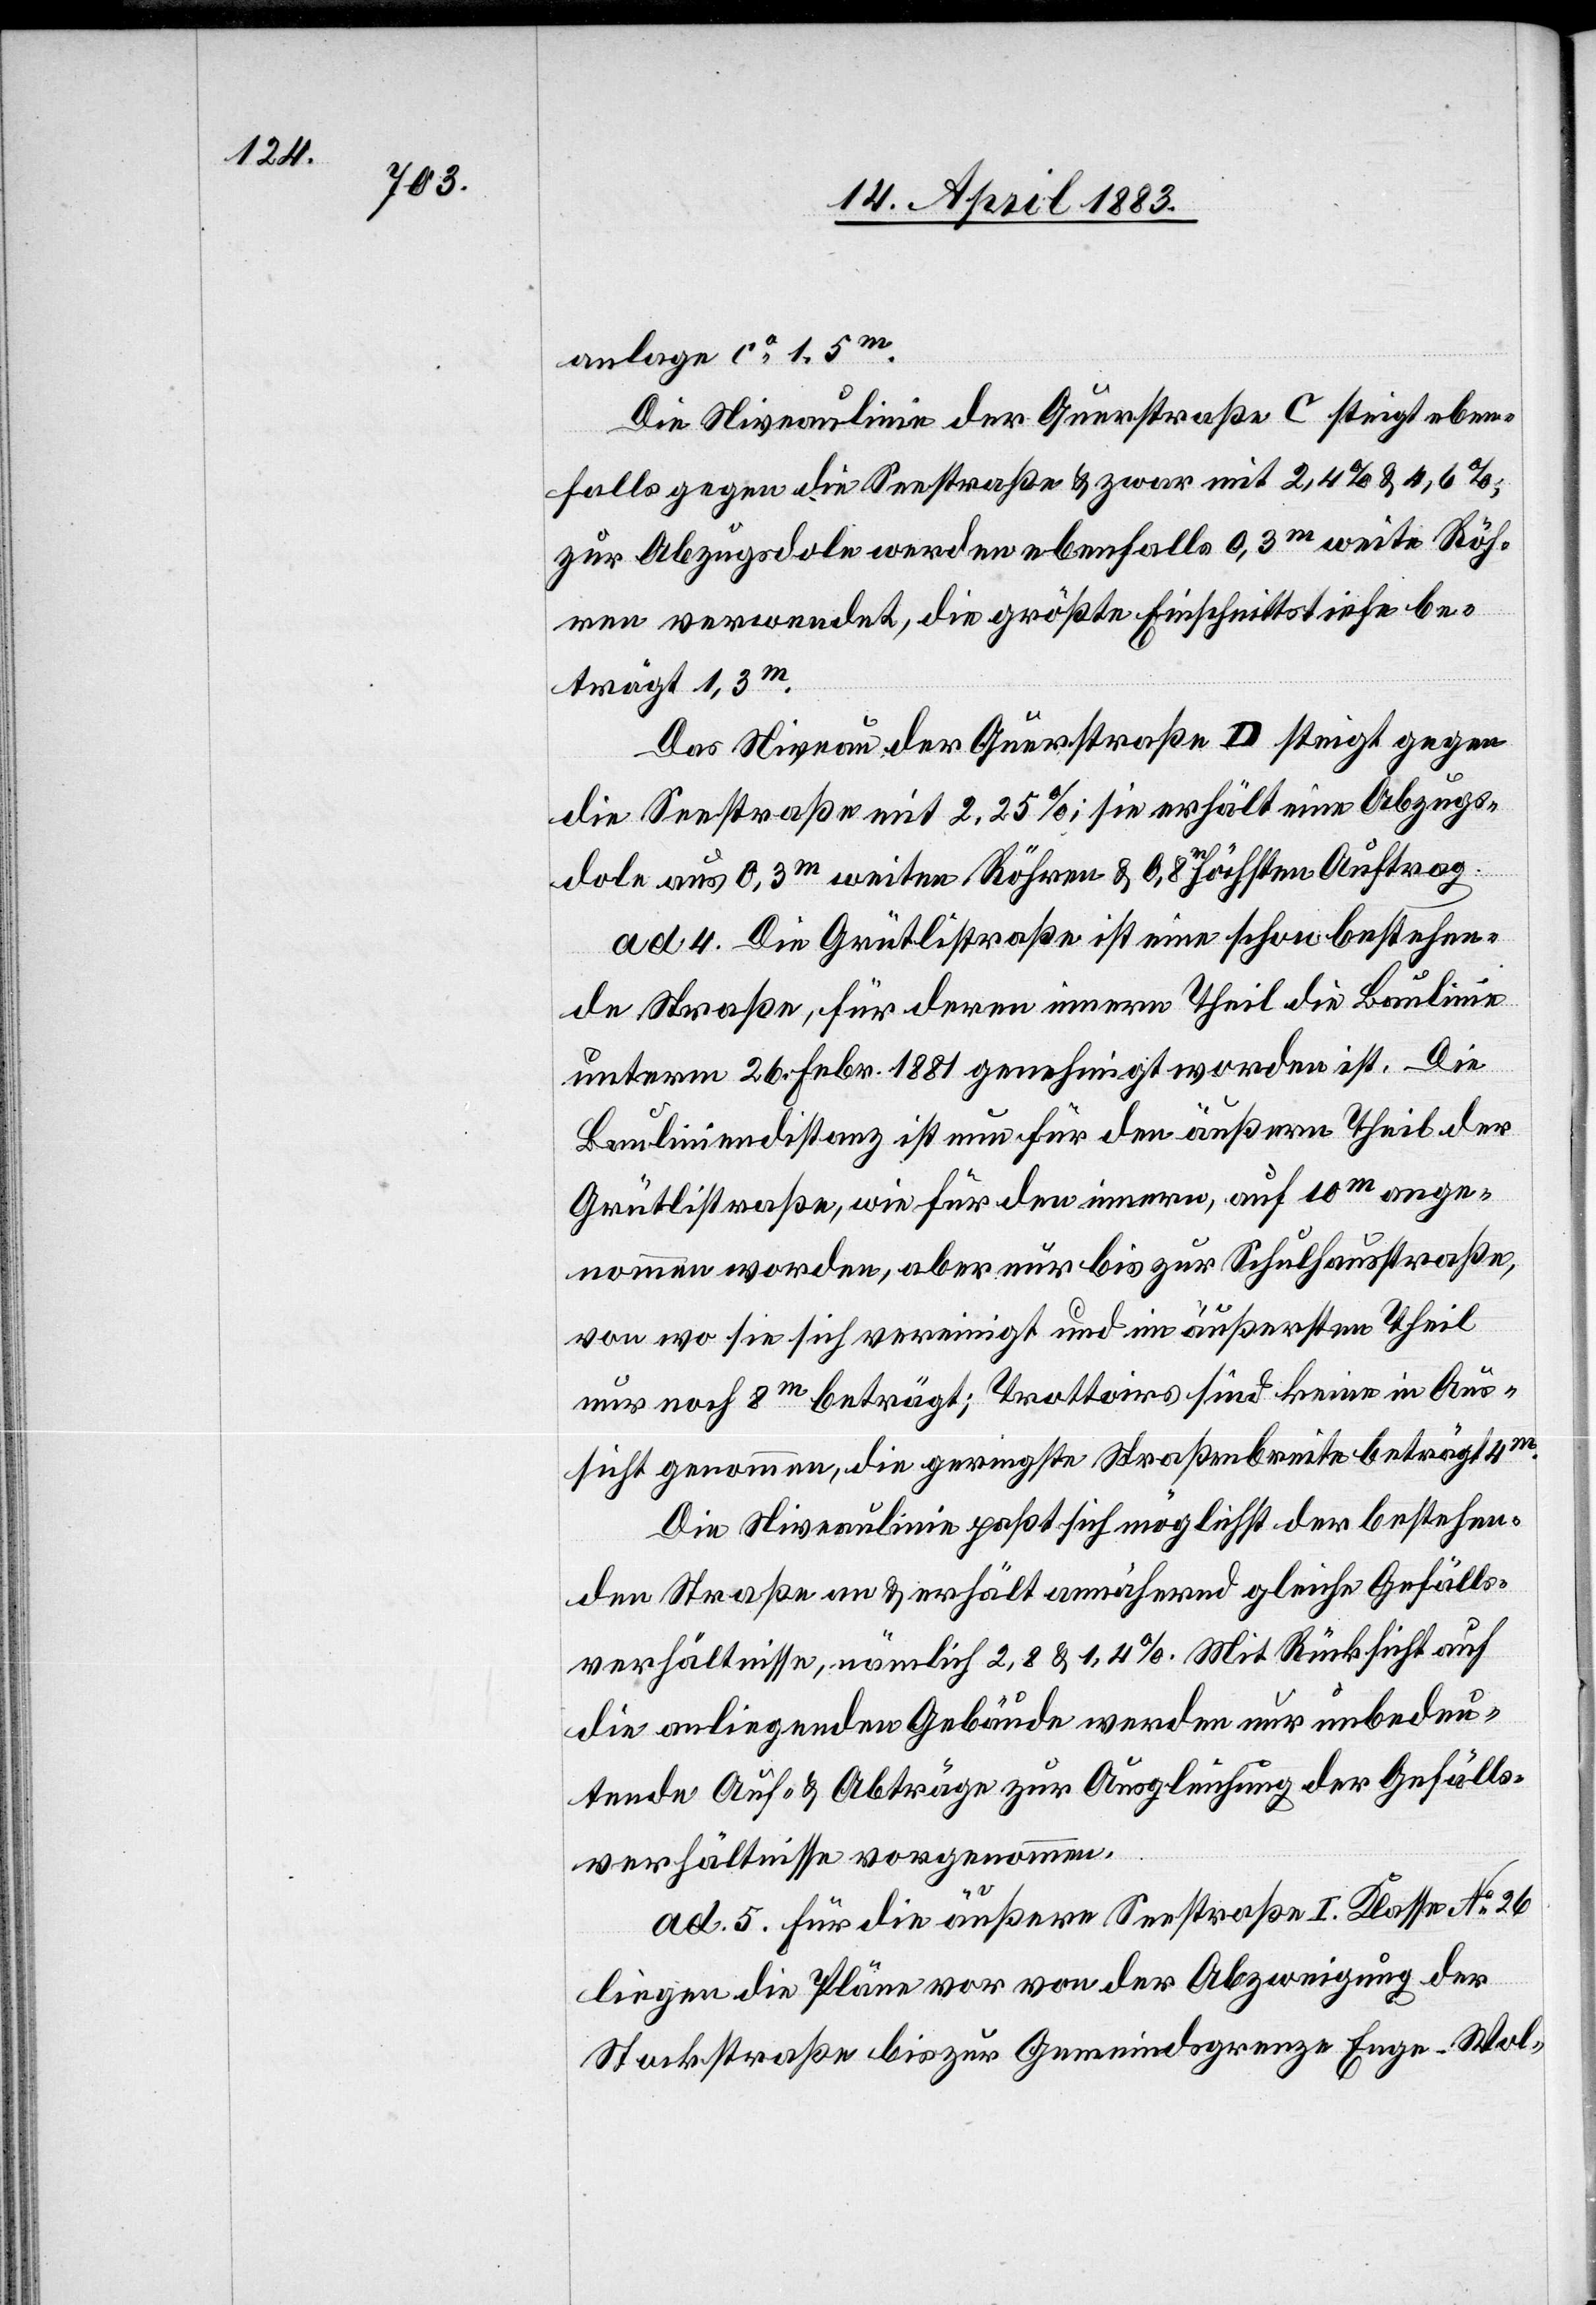
anlage ca 1,5m.
Die Niveaulinie der Querstraße C steigt eben¬
falls gegen die Seestraße & zwar mit 2,4% & 4,6%;
zur Abzugsdole werden ebenfalls 0,3m weite Röh¬
ren verwendet, die größte Einschnittstiefe be¬
trägt 1,3m.
Das Niveau der Querstraße D steigt gegen
die Seestraße mit 2,25%; sie erhält eine Abzugs¬
dole aus 0,3m weiten Röhren & 0,8m höchsten Auftrag.
ad 4. Die Grütlistraße ist eine schon bestehen¬
de Straße, für deren innern Theil die Baulinie
unterm 26. Febr. 1881 genehmigt worden ist. Die
Bauliniendistanz ist nun für den äußern Theil der
Grütlistraße, wie für den innern, auf 10m ange¬
nommen worden, aber nur bis zur Schulhausstraße,
von wo sie sich vereinigt und im äußersten Theil
nur noch 8m beträgt: Trottoirs sind keine in Aus¬
sicht genommen, die geringste Straßenbreite beträgt 4m.
Die Niveaulinie paßt sich möglichst der bestehen¬
den Straße an & erhält annährend gleiche Gefälls¬
verhältnisse, nämlich 2,8 & 1,4%. Mit Rücksicht auf
die anliegenden Gebäude werden nur unbedeu¬
tende Auf- & Abträge zur Ausgleichung der Gefälls¬
verhältnisse vorgenommen.
ad 5. Für die äußere Seestraße I. Klasse No 26
liegen die Pläne vor von der Abzweigung der
Stock[er]straße bis zur Gemeindsgrenze Enge–Wol-